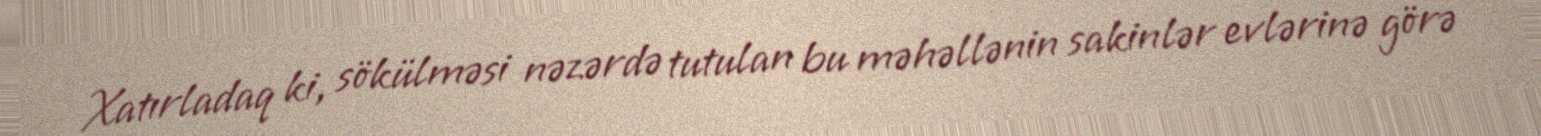
Xatırladaq ki, sökülməsi nəzərdə tutulan bu məhəllənin sakinlər evlərinə görə